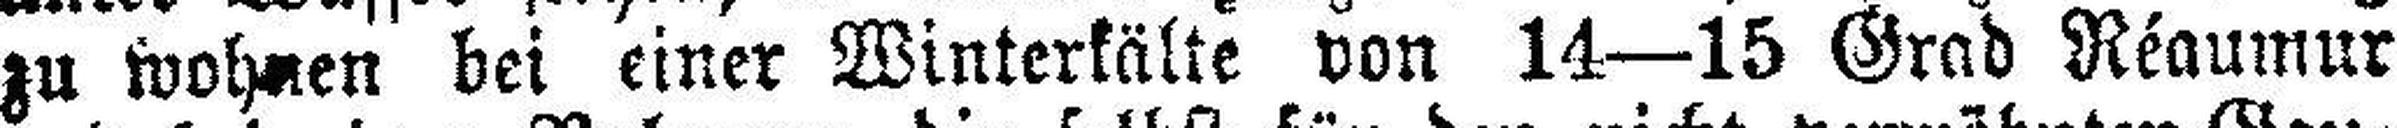
zu wohnen bei einer Winterkälte von 14—15 Grad Réaumur